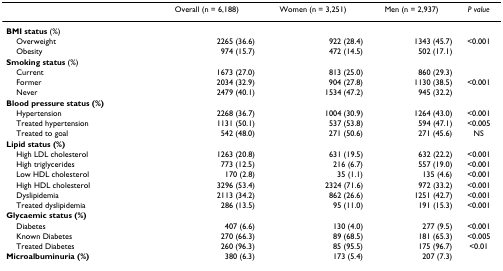
|  | Overall (n = 6,188) | Women (n = 3,251) | Men (n = 2,937) | P value |
 | --- | --- | --- | --- | --- |
 | BMI status (%) |  |  |  |  |
 | Overweight | 2265 (36.6) | 922 (28.4) | 1343 (45.7) | <0.001 |
 | Obesity | 974 (15.7) | 472 (14.5) | 502 (17.1) |  |
 | Smoking status (%) |  |  |  |  |
 | Current | 1673 (27.0) | 813 (25.0) | 860 (29.3) |  |
 | Former | 2034 (32.9) | 904 (27.8) | 1130 (38.5) | <0.001 |
 | Never | 2479 (40.1) | 1534 (47.2) | 945 (32.2) |  |
 | Blood pressure status (%) |  |  |  |  |
 | Hypertension | 2268 (36.7) | 1004 (30.9) | 1264 (43.0) | <0.001 |
 | Treated hypertension | 1131 (50.1) | 537 (53.8) | 594 (47.1) | <0.005 |
 | Treated to goal | 542 (48.0) | 271 (50.6) | 271 (45.6) | NS |
 | Lipid status (%) |  |  |  |  |
 | High LDL cholesterol | 1263 (20.8) | 631 (19.5) | 632 (22.2) | <0.001 |
 | High triglycerides | 773 (12.5) | 216 (6.7) | 557 (19.0) | <0.001 |
 | Low HDL cholesterol | 170 (2.8) | 35 (1.1) | 135 (4.6) | <0.001 |
 | High HDL cholesterol | 3296 (53.4) | 2324 (71.6) | 972 (33.2) | <0.001 |
 | Dyslipidemia | 2113 (34.2) | 862 (26.6) | 1251 (42.7) | <0.001 |
 | Treated dyslipidemia | 286 (13.5) | 95 (11.0) | 191 (15.3) | <0.001 |
 | Glycaemic status (%) |  |  |  |  |
 | Diabetes | 407 (6.6) | 130 (4.0) | 277 (9.5) | <0.001 |
 | Known Diabetes | 270 (66.3) | 89 (68.5) | 181 (65.3) | <0.005 |
 | Treated Diabetes | 260 (96.3) | 85 (95.5) | 175 (96.7) | <0.01 |
 | Microalbuminuria (%) | 380 (6.3) | 173 (5.4) | 207 (7.3) |  |